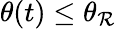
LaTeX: \theta(t)\leq\theta_{\mathcal{R}}